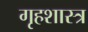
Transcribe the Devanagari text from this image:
गृहशास्त्र